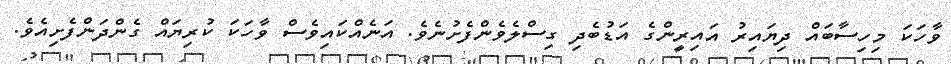
ވާހަކަ މިހިސާބައް ދިޔައިރު އައިރީންގެ އަޑުބެދި ގިސްލެވެންފެށުނެވެ. އަނެއްކައިވެސް ވާހަކަ ކުރިޔައް ގެންދަންފެށިއެވެ.